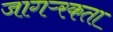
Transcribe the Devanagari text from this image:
जागऱ्रकता